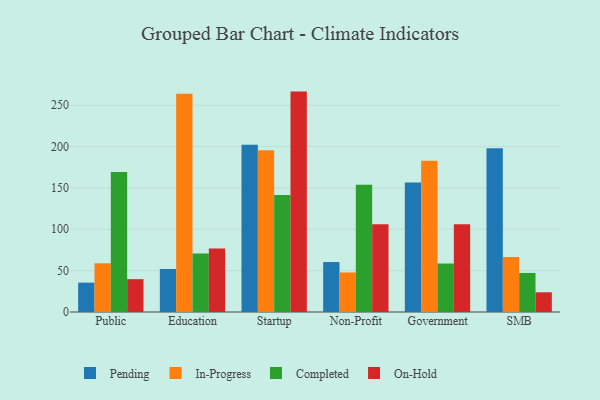
{"axis": {"x": "Segment", "y": "Churn Rate (%)"}, "legend": ["Completed", "In-Progress", "On-Hold", "Pending"], "data": [{"x": "Public", "y": 35.5, "type": "Pending"}, {"x": "Public", "y": 58.9, "type": "In-Progress"}, {"x": "Public", "y": 169.2, "type": "Completed"}, {"x": "Public", "y": 39.7, "type": "On-Hold"}, {"x": "Education", "y": 52.0, "type": "Pending"}, {"x": "Education", "y": 263.9, "type": "In-Progress"}, {"x": "Education", "y": 70.8, "type": "Completed"}, {"x": "Education", "y": 76.7, "type": "On-Hold"}, {"x": "Startup", "y": 202.3, "type": "Pending"}, {"x": "Startup", "y": 195.5, "type": "In-Progress"}, {"x": "Startup", "y": 141.3, "type": "Completed"}, {"x": "Startup", "y": 266.4, "type": "On-Hold"}, {"x": "Non-Profit", "y": 60.4, "type": "Pending"}, {"x": "Non-Profit", "y": 47.8, "type": "In-Progress"}, {"x": "Non-Profit", "y": 153.7, "type": "Completed"}, {"x": "Non-Profit", "y": 106.0, "type": "On-Hold"}, {"x": "Government", "y": 156.5, "type": "Pending"}, {"x": "Government", "y": 182.7, "type": "In-Progress"}, {"x": "Government", "y": 58.6, "type": "Completed"}, {"x": "Government", "y": 106.2, "type": "On-Hold"}, {"x": "SMB", "y": 197.9, "type": "Pending"}, {"x": "SMB", "y": 66.5, "type": "In-Progress"}, {"x": "SMB", "y": 47.2, "type": "Completed"}, {"x": "SMB", "y": 23.8, "type": "On-Hold"}]}